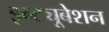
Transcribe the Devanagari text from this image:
इन्ट्यूबेशन